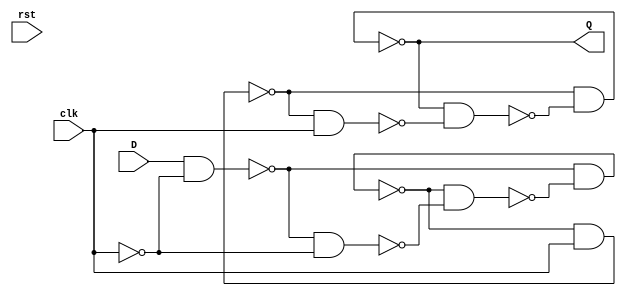
module dff(
		input	D,
		input	clk,
		input	rst,
		output	Q,
	);

		wire	net0;
		wire	net1;
		wire	net2;
		wire	net3;
		wire	net4;
		wire	net5;
		wire	net6;
		wire	net7;
		wire	net8;

		assign net1 = ~(D & net0);
		assign net2 = ~(net1 & net0);
		assign net5 = ~(net1 & net4);
		assign net4 = ~(net5 & net2);
		assign net6 = ~(net5 & net3);
		assign net7 = ~(net6 & net3);
		assign Q = ~(net6 & net8);
		assign net8 = ~(Q & net7);
		assign net0 = ~clk;
		assign net3 = ~net0;
endmodule